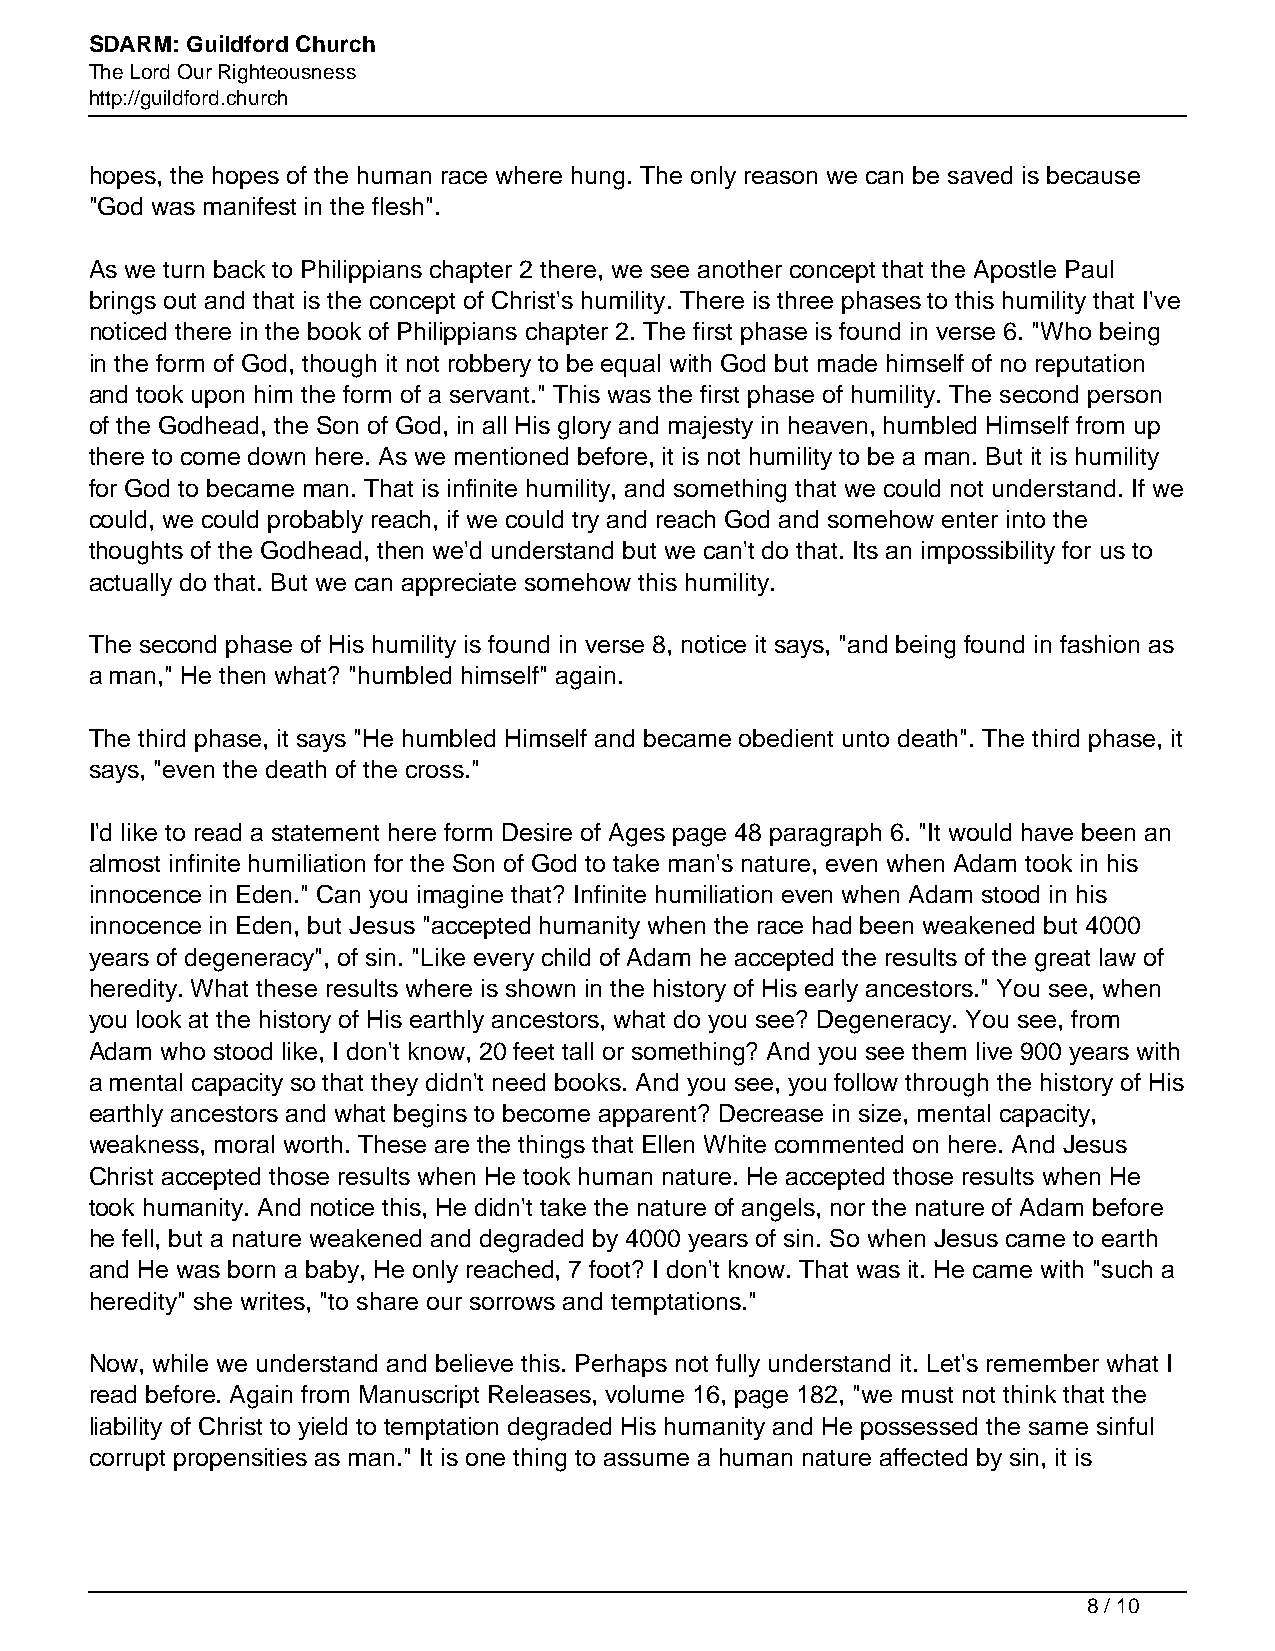
SDARM: Guildford Church
 The Lord Our Righteousness
 http://guildford.church
 hopes, the hopes of the human race where hung. The only reason we can be saved is because
 "God was manifest in the flesh".
 As we turn back to Philippians chapter 2 there, we see another concept that the Apostle Paul
 brings out and that is the concept of Christ's humility. There is three phases to this humility that I've
 noticed there in the book of Philippians chapter 2. The first phase is found in verse 6. "Who being
 in the form of God, though it not robbery to be equal with God but made himself of no reputation
 and took upon him the form of a servant." This was the first phase of humility. The second person
 of the Godhead, the Son of God, in all His glory and majesty in heaven, humbled Himself from up
 there to come down here. As we mentioned before, it is not humility to be a man. But it is humility
 for God to became man. That is infinite humility, and something that we could not understand. If we
 could, we could probably reach, if we could try and reach God and somehow enter into the
 thoughts of the Godhead, then we'd understand but we can't do that. Its an impossibility for us to
 actually do that. But we can appreciate somehow this humility.
 The second phase of His humility is found in verse 8, notice it says, "and being found in fashion as
 a man," He then what? "humbled himself" again.
 The third phase, it says "He humbled Himself and became obedient unto death". The third phase, it
 says, "even the death of the cross."
 I'd like to read a statement here form Desire of Ages page 48 paragraph 6. "It would have been an
 almost infinite humiliation for the Son of God to take man's nature, even when Adam took in his
 innocence in Eden." Can you imagine that? Infinite humiliation even when Adam stood in his
 innocence in Eden, but Jesus "accepted humanity when the race had been weakened but 4000
 years of degeneracy", of sin. "Like every child of Adam he accepted the results of the great law of
 heredity. What these results where is shown in the history of His early ancestors." You see, when
 you look at the history of His earthly ancestors, what do you see? Degeneracy. You see, from
 Adam who stood like, I don't know, 20 feet tall or something? And you see them live 900 years with
 a mental capacity so that they didn't need books. And you see, you follow through the history of His
 earthly ancestors and what begins to become apparent? Decrease in size, mental capacity,
 weakness, moral worth. These are the things that Ellen White commented on here. And Jesus
 Christ accepted those results when He took human nature. He accepted those results when He
 took humanity. And notice this, He didn't take the nature of angels, nor the nature of Adam before
 he fell, but a nature weakened and degraded by 4000 years of sin. So when Jesus came to earth
 and He was born a baby, He only reached, 7 foot? I don't know. That was it. He came with "such a
 heredity" she writes, "to share our sorrows and temptations."
 Now, while we understand and believe this. Perhaps not fully understand it. Let's remember what I
 read before. Again from Manuscript Releases, volume 16, page 182, "we must not think that the
 liability of Christ to yield to temptation degraded His humanity and He possessed the same sinful
 corrupt propensities as man." It is one thing to assume a human nature affected by sin, it is
 8 / 10